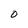
Character: 0